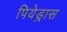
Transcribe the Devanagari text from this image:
पियेड्रास